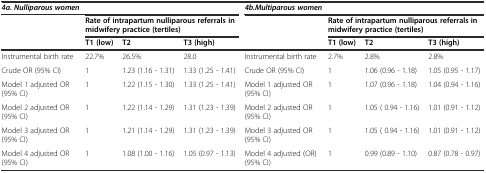
| 4a. Nulliparous women |  |  |  | 4b.Multiparous women | <COLSPAN=3>  |
 | <ROWSPAN=2>  | <COLSPAN=3> Rate of intrapartum nulliparous referrals in midwifery practice (tertiles) |  | <COLSPAN=3> Rate of intrapartum nulliparous referrals in midwifery practice (tertiles) |
 | T1 (low) | T2 | T3 (high) |  | T1 (low) | T2 | T3 (high) |
 | --- | --- | --- | --- | --- | --- | --- | --- |
 | Instrumental birth rate | 22.7% | 26.5% | 28.0 | Instrumental birth rate | 2.7% | 2.8% | 2.8% |
 | Crude OR (95% CI) | 1 | 1.23 (1.16 - 1.31) | 1.33 (1.25 - 1.41) | Crude OR (95% CI) | 1 | 1.06 (0.96 - 1.18) | 1.05 (0.95 - 1.17) |
 | Model 1 adjusted OR (95% CI) | 1 | 1.22 (1.15 - 1.30) | 1.33 (1.25 - 1.41) | Model 1 adjusted OR (95% CI) | 1 | 1.07 (0.96 - 1.18) | 1.04 (0.94 - 1.16) |
 | Model 2 adjusted OR (95% CI) | 1 | 1.22 (1.14 - 1.29) | 1.31 (1.23 - 1.39) | Model 2 adjusted OR (95% CI) | 1 | 1.05 ( 0.94 - 1.16) | 1.01 (0.91 - 1.12) |
 | Model 3 adjusted OR (95% CI) | 1 | 1.21 (1.14 - 1.29) | 1.31 (1.23 - 1.39) | Model 3 adjusted OR (95% CI) | 1 | 1.05 ( 0.94 - 1.16) | 1.01 (0.91 - 1.12) |
 | Model 4 adjusted OR (95% CI) | 1 | 1.08 (1.00 - 1.16) | 1.05 (0.97 - 1.13) | Model 4 adjusted (OR) (95% CI) | 1 | 0.99 (0.89 - 1.10) | 0.87 (0.78 - 0.97) |